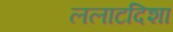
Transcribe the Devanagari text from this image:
ललाटदिशा